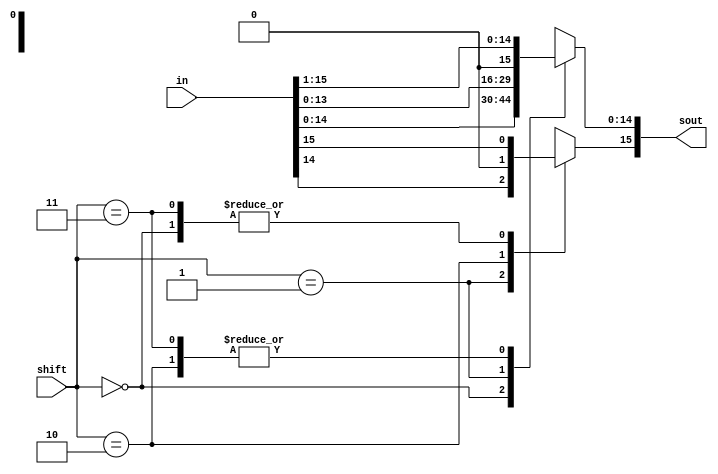
module shifter(in,shift,sout);
	input [15:0] in;
	input [1:0] shift;
	output [15:0] sout;
	
	reg [15:0] sout;
	reg temp;

	always @(*) begin
		temp = in[15];

		case(shift)
			0: sout = in;
			1: sout = in << 1;
			2: sout = in >> 1;
			3: begin
				sout = in >> 1;
				sout[15] = temp;
			end
		endcase
	end
endmodule